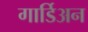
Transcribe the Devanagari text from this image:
गार्डिअन